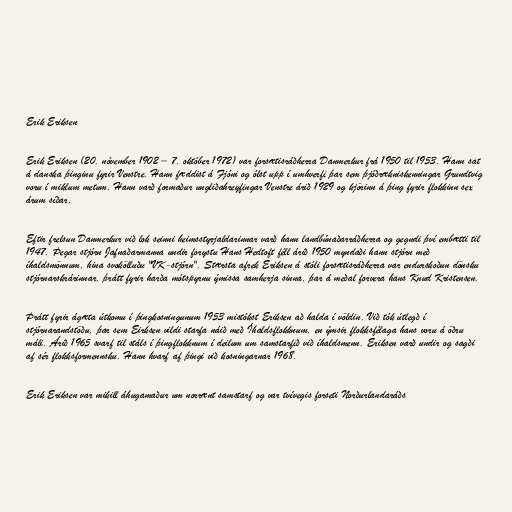
Erik Eriksen

Erik Eriksen (20. nóvember 1902 – 7. október 1972) var forsætisráðherra Danmerkur frá 1950 til 1953. Hann sat
á danska þinginu fyrir Venstre. Hann fæddist á Fjóni og ólst upp í umhverfi þar sem þjóðrækniskenningar Grundtvig
voru í miklum metum. Hann varð formaður ungliðahreyfingar Venstre árið 1929 og kjörinn á þing fyrir flokkinn sex
árum síðar.

Eftir frelsun Danmerkur við lok seinni heimsstyrjaldarinnar varð hann landbúnaðarráðherra og gegndi því embætti til
1947. Þegar stjórn Jafnaðarmanna undir forystu Hans Hedtoft féll árið 1950 myndaði hann stjórn með
íhaldsmönnum, hina svokölluðu "VK-stjórn". Stærsta afrek Eriksen á stóli forsætisráðherra var endurskoðun dönsku
stjórnarskrárinnar, þrátt fyrir harða mótspyrnu ýmissa samherja sinna, þar á meðal forvera hans Knud Kristensen.

Þrátt fyrir ágæta útkomu í þingkosningunum 1953 mistókst Eriksen að halda í völdin. Við tók útlegð í
stjórnarandstöðu, þar sem Eirksen vildi starfa náið með Íhaldsflokknum, en ýmsir flokksfélaga hans voru á öðru
máli. Árið 1965 svarf til stáls í þingflokknum í deilum um samstarfið við íhaldsmenn. Eriksen varð undir og sagði
af sér flokksformennsku. Hann hvarf af þingi við kosningarnar 1968.

Erik Eriksen var mikill áhugamaður um norrænt samstarf og var tvívegis forseti Norðurlandaráðs